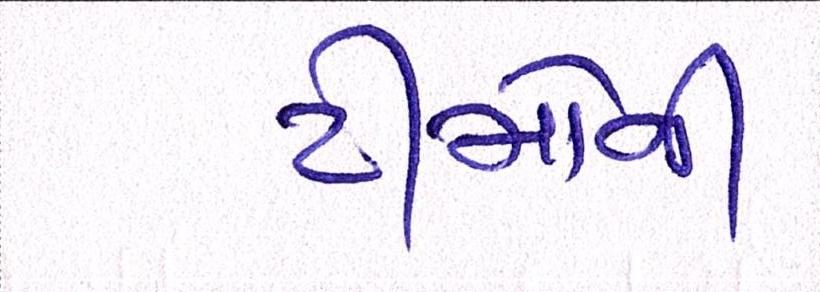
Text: ટીમોની